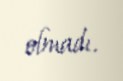
olmadı.